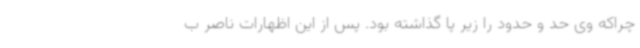
چراکه وی حد و حدود را زیر پا گذاشته بود. پس از این اظهارات ناصر ب